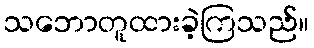
သဘောတူထားခဲ့ကြသည်။